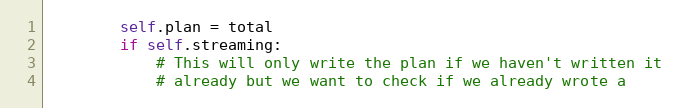
Language: Python
        self.plan = total
        if self.streaming:
            # This will only write the plan if we haven't written it
            # already but we want to check if we already wrote a